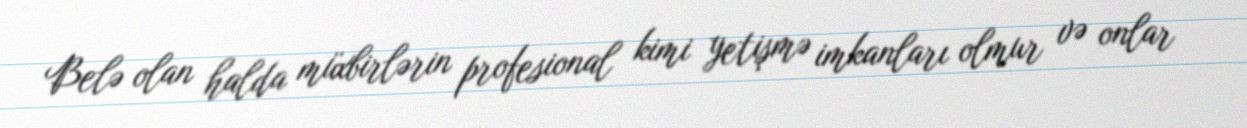
Belə olan halda müxbirlərin profesional kimi yetişmə imkanları olmur və onlar